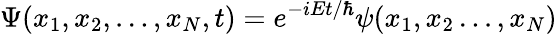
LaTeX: \Psi(x_{1},x_{2},\ldots,x_{N},t)=e^{-iEt/\hbar}\psi(x_{1},x_{2}\ldots,x_{N})